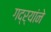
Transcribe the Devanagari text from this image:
गद्र्‍यांने